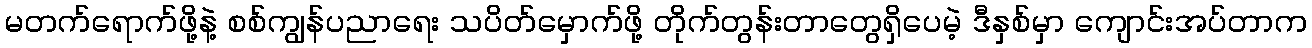
မတက်ရောက်ဖို့နဲ့ စစ်ကျွန်ပညာရေး သပိတ်မှောက်ဖို့ တိုက်တွန်းတာတွေရှိပေမဲ့ ဒီနှစ်မှာ ကျောင်းအပ်တာက